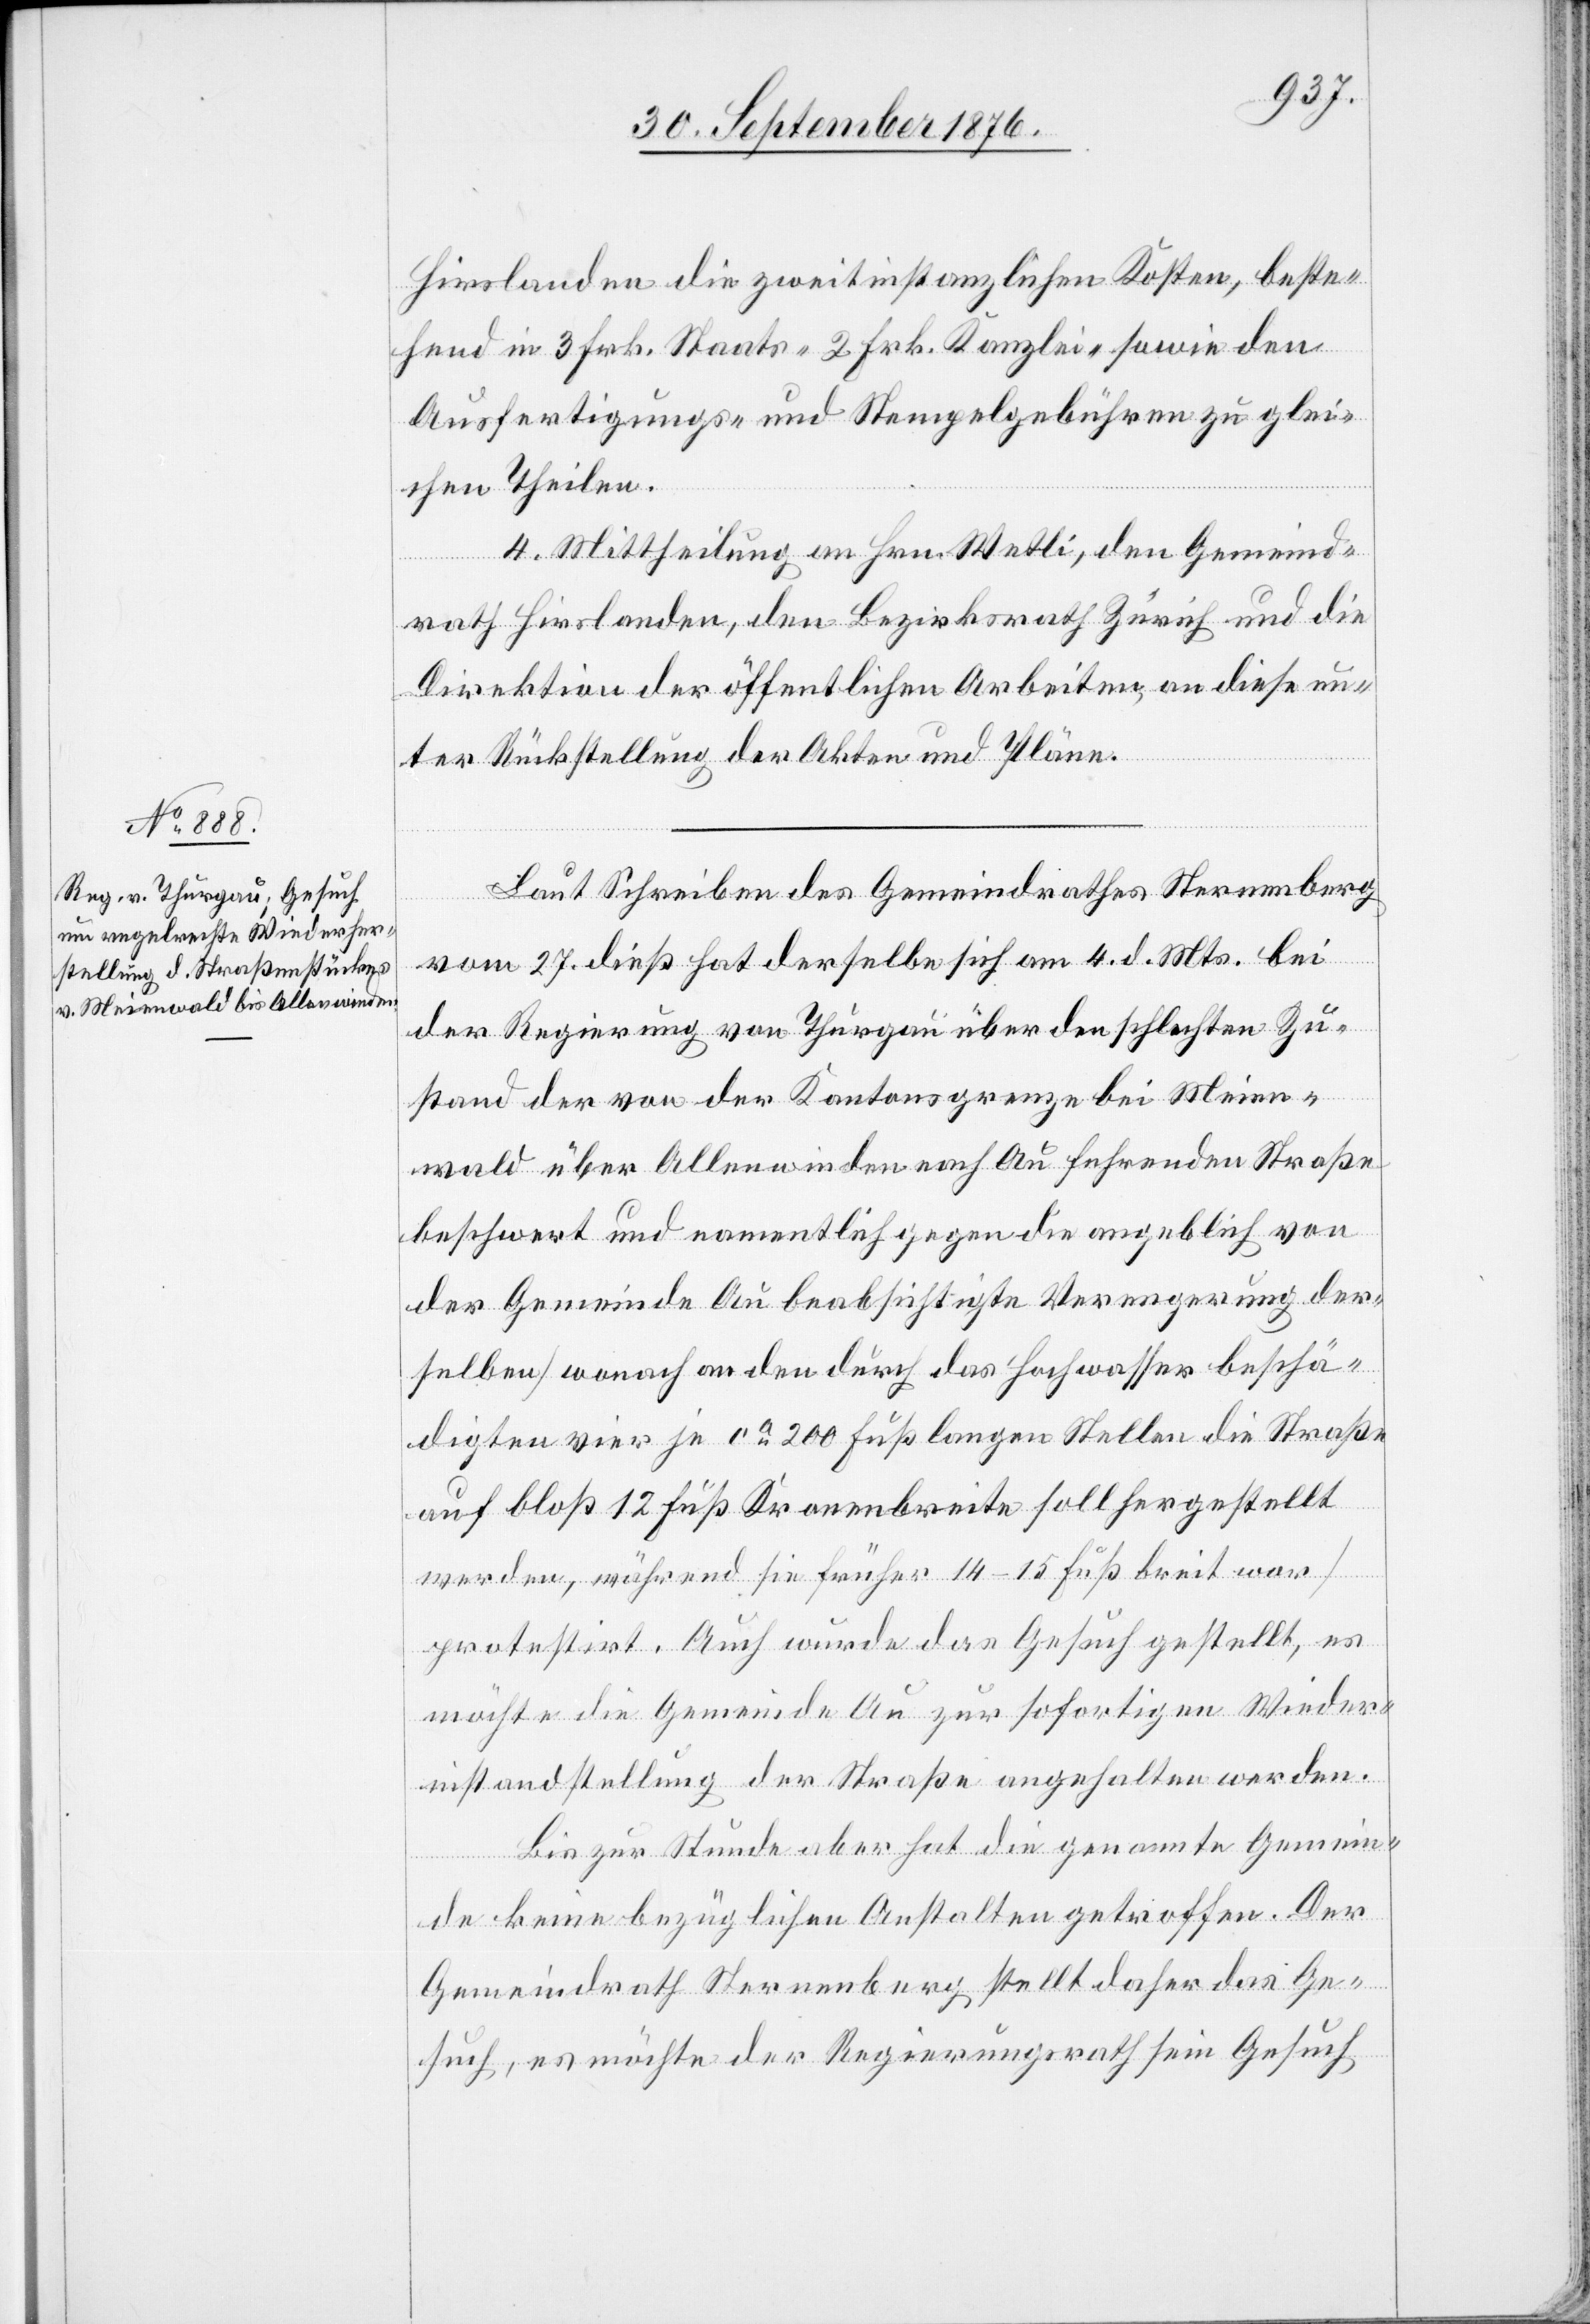
Hirslanden die zweitinstanzlichen Kosten, beste¬
hend in 3 Frk. Staats- 2 Frk. Kanzlei- nebst den
Ausfertigungs- und Stempelgebühren zu glei¬
chen Theilen.
4. Mittheilung an Hrn. Wetli, den Gemeind¬
rath Hirslanden, den Bezirksrath Zürich und die
Direktion der öffentlichen Arbeiten, an diese un¬
ter Rückstellung der Akten und Pläne.
Laut Schreiben des Gemeindrathes Sternenberg
vom 27. dieß hat derselbe sich am 4. d. Mts. bei
der Regierung von Thurgau über den schlechten Zu¬
stand der von der Kantonsgrenze bei Meien¬
wald über Allenwinden nach Au fuhrenden [sic!]
beschwert und namentlich gegen die angeblich von
der Gemeinde Au beabsichtigte Verengerung der¬
selben [wonach an den durch das Hochwasser beschä¬
digten vier je ca 200 Fuß langen Stellen die Straße
auf bloß 12 Fuß Kronenbreite soll hergestellt
werden, während sie früher 14–15 Fuß breit war]
protestirt. Auch wurde das Gesuch gestellt, es
möchte die Gemeinde Au zur sofortigen Wieder¬
instandstellung der Straße angehalten werden.
Bis zur Stunde aber hat die genannte Gemein¬
de keine bezüglichen Anstalten getroffen. Der
Gemeindrath Sternenberg stellt daher das Ge¬
such, es möchte der Regierungsrath sein Gesuch